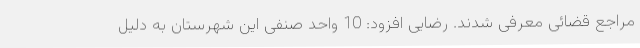
مراجع قضائی معرفی شدند. رضایی افزود: 10 واحد صنفی این شهرستان به دلیل